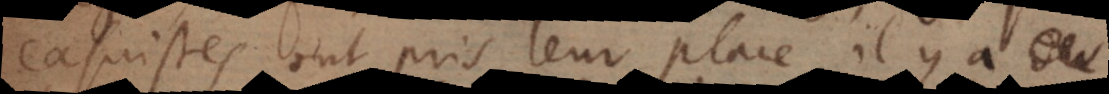
casuistes ont pris leur place, il y a d